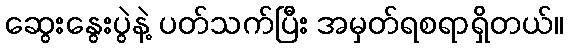
ဆွေးနွေးပွဲနဲ့ ပတ်သက်ပြီး အမှတ်ရစရာရှိတယ်။